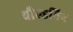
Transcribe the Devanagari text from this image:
बौल्डविन